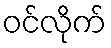
ဝင်လိုက်